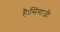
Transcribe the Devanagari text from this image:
है।सिंगाजी